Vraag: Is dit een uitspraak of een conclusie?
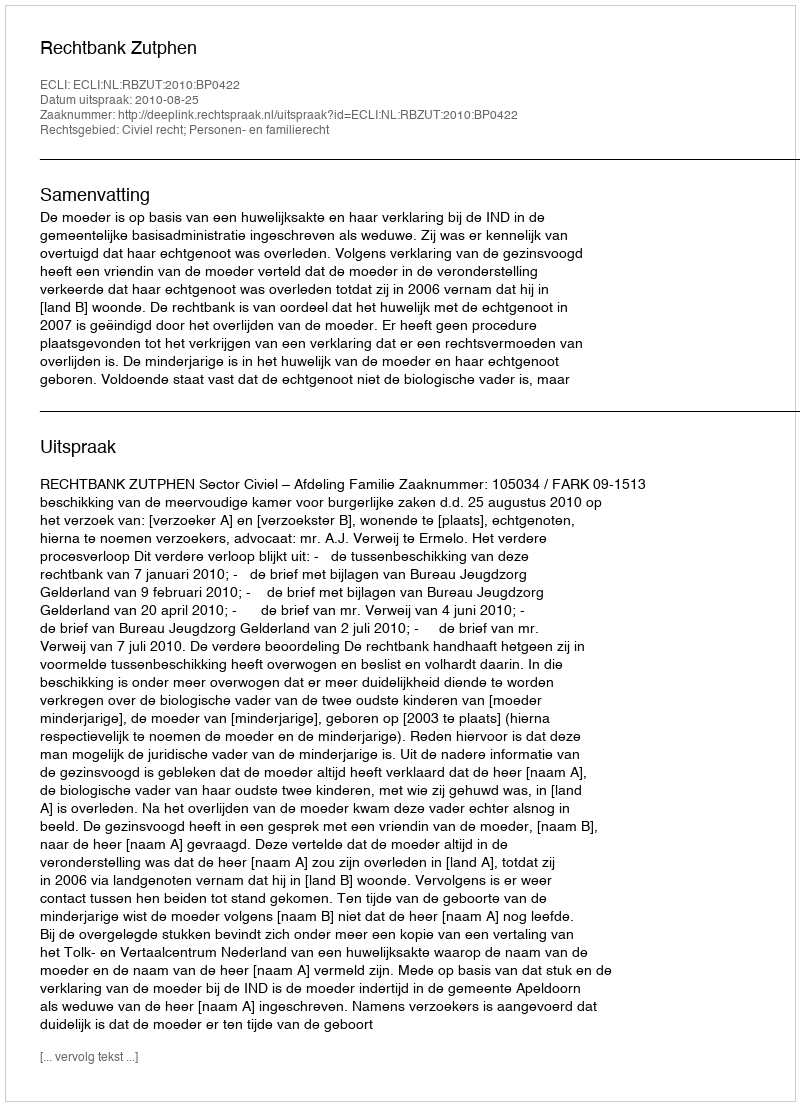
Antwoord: Uitspraak